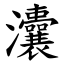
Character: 灢